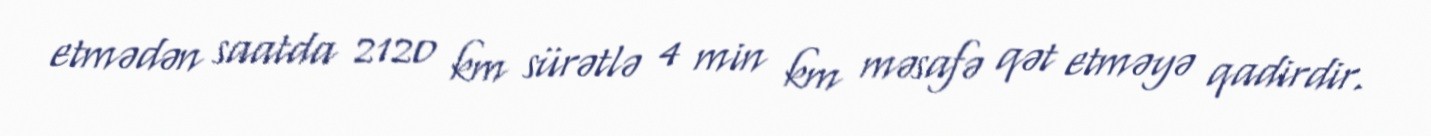
etmədən saatda 2120 km sürətlə 4 min km məsafə qət etməyə qadirdir.